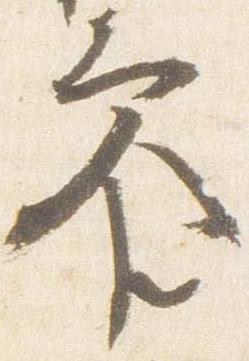
参